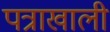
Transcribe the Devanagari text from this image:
पत्राखाली